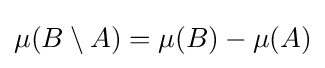
\mu (B\setminus A)=\mu (B)-\mu (A)